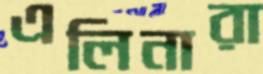
এলিনারা